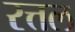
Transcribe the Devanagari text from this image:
रत्तल